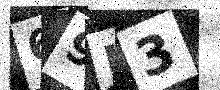
Text: 69J3